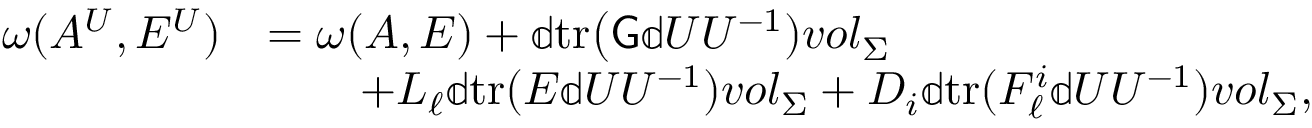
\begin{array} { r l } { \boldsymbol { \omega } ( A ^ { U } , E ^ { U } ) } & { = \boldsymbol { \omega } ( A , E ) + \mathbb { d } \mathrm { t r } \big ( \mathsf { G } \mathbb { d } U U ^ { - 1 } ) { \boldsymbol { v o l } } _ { \Sigma } } \\ & { \qquad + L _ { \ell } \mathbb { d } \mathrm { t r } ( E \mathbb { d } U U ^ { - 1 } ) { \boldsymbol { v o l } } _ { \Sigma } + D _ { i } \mathbb { d } \mathrm { t r } ( F _ { \ell } ^ { i } \mathbb { d } U U ^ { - 1 } ) { \boldsymbol { v o l } } _ { \Sigma } , } \end{array}